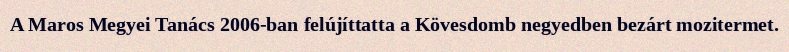
A Maros Megyei Tanács 2006-ban felújíttatta a Kövesdomb negyedben bezárt mozitermet.